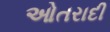
ઓતરાદી